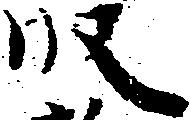
段